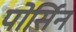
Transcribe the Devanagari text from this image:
पोर्सिन